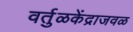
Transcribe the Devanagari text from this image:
वर्तुळकेंद्राजवळ